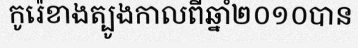
កូរ៉េខាងត្បូងកាលពីឆ្នាំ២០១០បាន